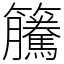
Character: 𥸎